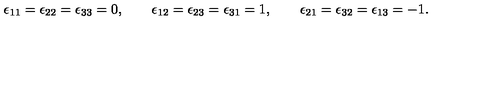
\epsilon _ { 1 1 } = \epsilon _ { 2 2 } = \epsilon _ { 3 3 } = 0 , \qquad \epsilon _ { 1 2 } = \epsilon _ { 2 3 } = \epsilon _ { 3 1 } = 1 , \qquad \epsilon _ { 2 1 } = \epsilon _ { 3 2 } = \epsilon _ { 1 3 } = - 1 .